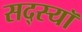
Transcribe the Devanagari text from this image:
सद्स्यॉ